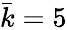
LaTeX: \bar{k}=5